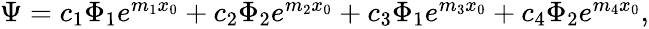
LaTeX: \begin{array}{r}{\Psi=c_{1}\Phi_{1}e^{m_{1}x_{0}}+c_{2}\Phi_{2}e^{m_{2}x_{0}}+c_{3}\Phi_{1}e^{m_{3}x_{0}}+c_{4}\Phi_{2}e^{m_{4}x_{0}},}\end{array}